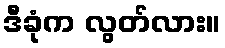
ဒီခုံက လွတ်လား။